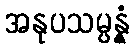
အနုပသမ္ပန္နံ